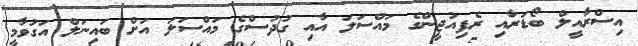
އިސްރާއީލް ބޯޑަރާއި ރެފިއުޖީންގެ މައްސަލަ އާއި ގުދުސްގެ މައްސަލަ އަށް ބައިނަލް އަގުވާމީ